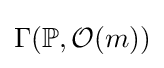
\Gamma (\mathbb {P} ,{\mathcal {O}}(m))